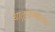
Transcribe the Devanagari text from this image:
धातूशास्त्रज्ञांच्या